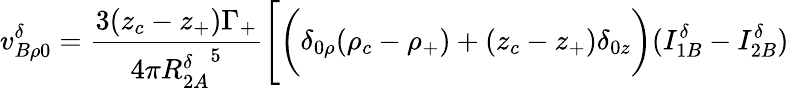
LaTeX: v_{B\rho 0}^{\delta}=\frac{3(z_{c}-z_{+})\Gamma_{+}}{4\pi{R_{2A}^{\delta}}^{5}}\Bigg[\bigg(\delta_{0\rho}(\rho_{c}-\rho_{+})+(z_{c}-z_{+})\delta_{0z}\bigg)(I_{1B}^{\delta}-I_{2B}^{\delta})